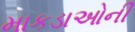
માકડાઓની